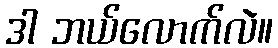
ဒါ ဘယ်လောက်လဲ။